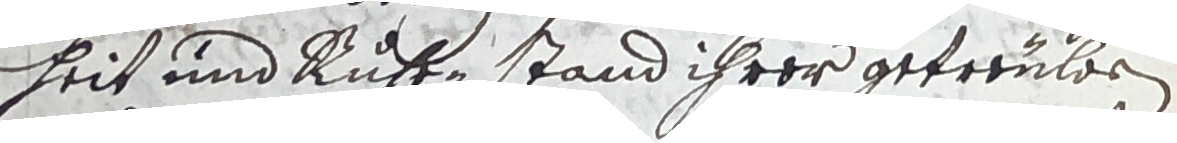
heit und ruftstand ihrer getreüben